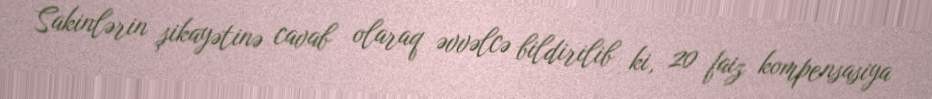
Sakinlərin şikayətinə cavab olaraq əvvəlcə bildirilib ki, 20 faiz kompensasiya